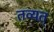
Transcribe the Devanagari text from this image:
तव्यत्